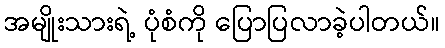
အမျိုးသားရဲ့ ပုံစံကို ပြောပြလာခဲ့ပါတယ်။